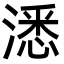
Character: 㴽